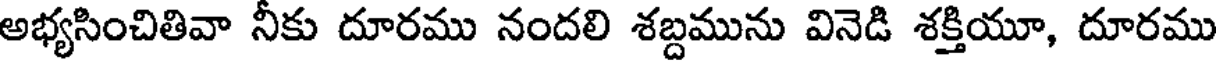
అభ్యసించితివా నీకు దూరము నందలి శబ్దమును వినెడి శక్తియూ, దూరము